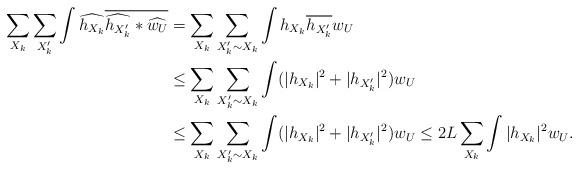
LaTeX: \begin{align*} \sum_{X_k}\sum_{X_k'}\int\widehat{h_{X_k}}\overline{\widehat{h_{X_k'}}*\widehat{w_U}} &= \sum_{X_k}\sum_{X_k'\sim X_k}\int h_{X_k}\overline{h_{X_k'}}w_U\\ &\le \sum_{X_k}\sum_{X_k'\sim X_k}\int (|h_{X_k}|^2+|h_{X_k'}|^2)w_U \\ &\le \sum_{X_k}\sum_{X_k'\sim X_k}\int (|h_{X_k}|^2+|h_{X_k'}|^2)w_U\le 2L\sum_{X_k}\int|h_{X_k}|^2w_U. \end{align*}